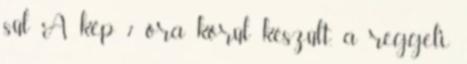
sül A kép 7 óra körül készült, a reggeli